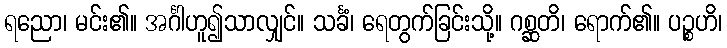
ရညော၊ မင်း၏။ အင်္ဂါဟူ၍သာလျှင်။ သင်္ခံ၊ ရေတွက်ခြင်းသို့။ ဂစ္ဆတိ၊ ရောက်၏။ ပဉ္စဟိ၊